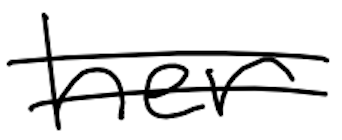
Text: her
Cross-out: double-line
Writing tool: digital_black